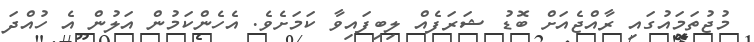
މުޖުތަމައުގައި ރާއްޖެއަށް ބޮޑު ޝަރަފެއް ލިބިފައިވާ ކަމަށެވެ. އެހެންކަމުން އަލުން އެ ހުއްދަ